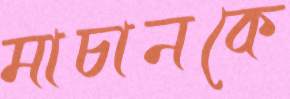
মাচানকে